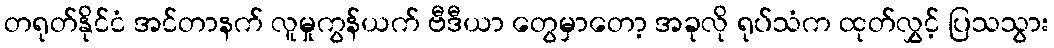
တရုတ်နိုင်ငံ အင်တာနက် လူမှုကွန်ယက် ဗီဒီယာ တွေမှာတော့ အခုလို ရုပ်သံက ထုတ်လွှင့် ပြသသွား